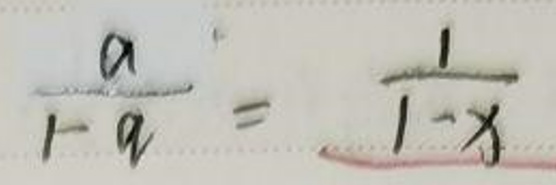
\(\frac{a}{1 - a} = \frac{1}{1 - x}\)